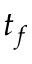
t _ { f }